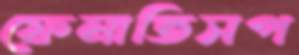
ফেনাতিসপ